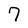
Character: 7